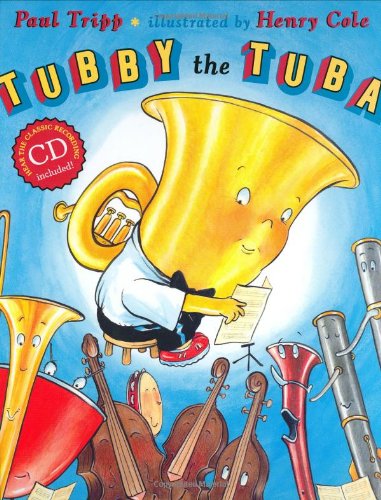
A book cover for Tubby the Tuba (Book & CD); Paul Tripp; Children's Books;